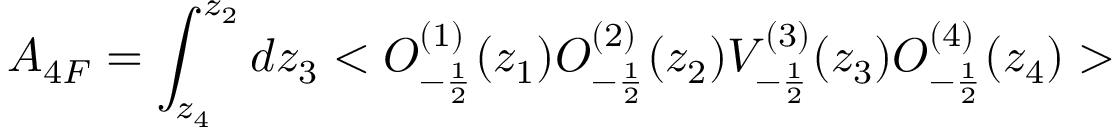
A _ { 4 F } = \int _ { z _ { 4 } } ^ { z _ { 2 } } d z _ { 3 } < O _ { - \frac { 1 } { 2 } } ^ { ( 1 ) } ( z _ { 1 } ) O _ { - \frac { 1 } { 2 } } ^ { ( 2 ) } ( z _ { 2 } ) V _ { - \frac { 1 } { 2 } } ^ { ( 3 ) } ( z _ { 3 } ) O _ { - \frac { 1 } { 2 } } ^ { ( 4 ) } ( z _ { 4 } ) >